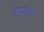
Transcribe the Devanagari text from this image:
लेक्सांदर